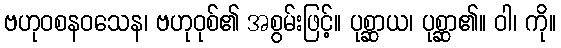
ဗဟုဝစနဝသေန၊ ဗဟုဝုစ်၏ အစွမ်းဖြင့်။ ပုစ္ဆာယ၊ ပုစ္ဆာ၏။ ဝါ၊ ကို။